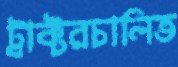
ট্রাক্টরচালিত